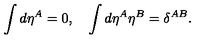
\int d \eta ^ { A } = 0 , \quad \int d \eta ^ { A } \eta ^ { B } = \delta ^ { A B } .